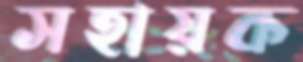
সহায়ক